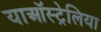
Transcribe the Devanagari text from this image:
याऑस्ट्रेलिया